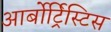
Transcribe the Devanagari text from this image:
आर्बोर्ट्रिस्टिस